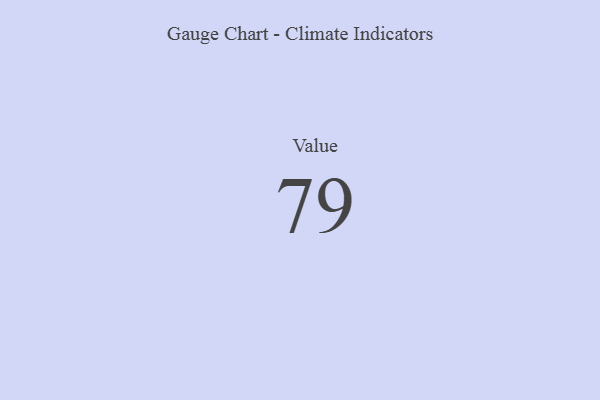
{"axis": {"x": "Metric", "y": "Value"}, "legend": [""], "data": [{"x": "Value", "y": 79, "type": ""}]}